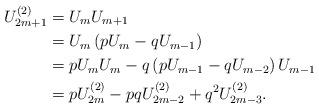
LaTeX: \begin{align*}U_{2m+1}^{(2)} &=U_{m}U_{m+1} \\&=U_{m}\left( pU_{m}-qU_{m-1}\right) \\&=pU_{m}U_{m}-q\left( pU_{m-1}-qU_{m-2}\right) U_{m-1} \\&=pU_{2m}^{(2)}-pqU_{2m-2}^{(2)}+q^{2}U_{2m-3}^{(2)}.\end{align*}